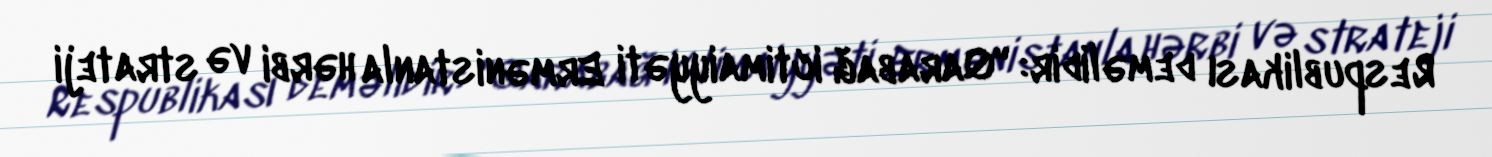
Respublikası deməlidir: "Qarabağ ictimaiyyəti Ermənistanla hərbi və strateji